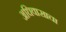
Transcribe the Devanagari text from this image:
अधिवासाचा